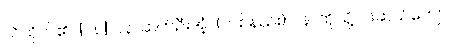
သိထိုက်၏။ [၀၈] ပန၊ ဆက်ဦးအံ့။ (တစ်နည်း) ပန၊ ထိုသို့ ငါးဆယ်ကျော်။